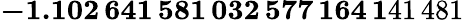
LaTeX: \mathbf{-1.102\, 641\, 581\, 032\, 577\, 164\, 1}41\, 481